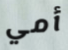
أمي